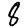
Digit: 8